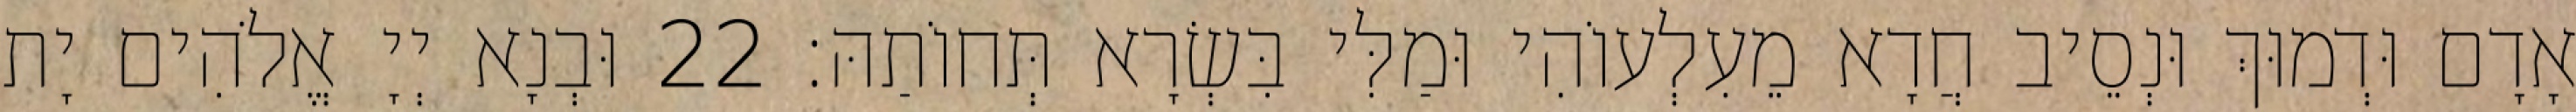
אָדָם וּדְמוּךְ וּנְסֵיב חֲדָא מֵעִלְעוֹהִי וּמַלִּי בִּשְׂרָא תְּחוֹתַהּ׃ 22 וּבְנָא יְיָ אֱלֹהִים יָת